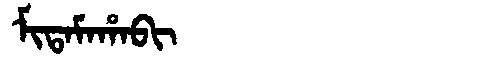
Manchu: ᠮᡳᡨᠠᠮᠠᡥᠠᠪᡳ
Romanization: MITAMAHABI